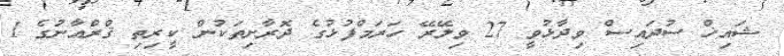
ޝައިޚް ސުދައިސް ވިދާޅުވީ 27 ވިލޭރޭ ހަރަމްފުޅުގެ ދޮރާށިތަކުން ކީރިތި ޤްރްއާނުގެ 1